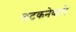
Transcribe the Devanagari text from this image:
लटकनेवाले